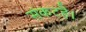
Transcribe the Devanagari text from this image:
संकटहै।